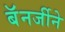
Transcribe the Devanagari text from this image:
बॅनर्जीने